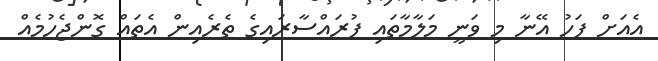
އެއަށް ފަހު އޭނާ މި ވަނީ މަލާމާތައި ފުރައްސާރައިގެ ތެރެއިން އެތައް ގޮންޖެހުމެއް